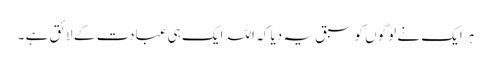
ہر ایک نے لوگوں کو سبق یہ دیا کہ اللہ ایک ہی عبادت کے لائق ہے ۔